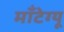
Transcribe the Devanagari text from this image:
मॉंटेग्यू